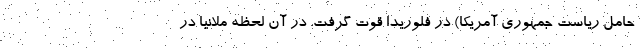
حامل ریاست جمهوری آمریکا) در فلوریدا قوت گرفت. در آن لحظه ملانیا در